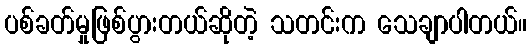
ပစ်ခတ်မှုဖြစ်ပွားတယ်ဆိုတဲ့ သတင်းက သေချာပါတယ်။